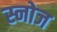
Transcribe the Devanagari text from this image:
स्नोज